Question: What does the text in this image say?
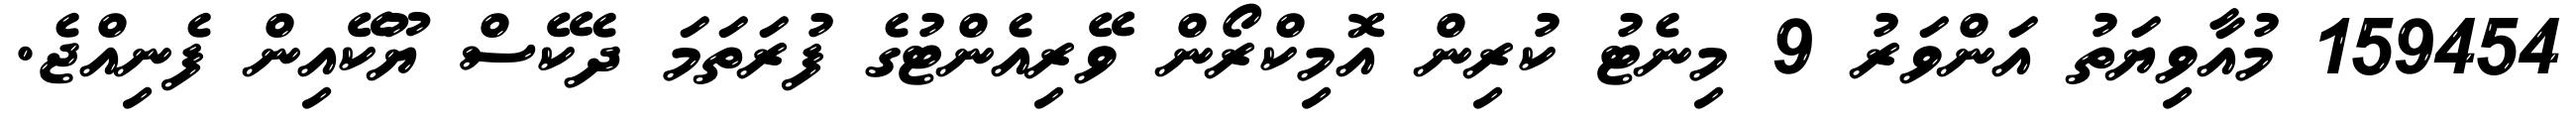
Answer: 159454 މުއާވިޔަތު އަންވަރު 9 މިނެޓު ކުރިން އޮމިކްރޯން ވޭރިއެންޓުގެ ފުރަތަމަ ދެކޭސް ޔޫކޭއިން ފެނިއްޖެ.